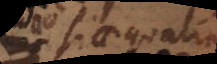
si aequalia